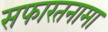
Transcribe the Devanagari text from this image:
सफारतनामा